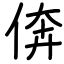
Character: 倴